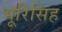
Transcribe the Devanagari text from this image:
भूरिसिंह